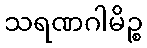
သရဏဂါမိဉ္စ